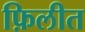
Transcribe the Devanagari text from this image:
फ़िलीत